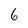
Character: 6